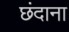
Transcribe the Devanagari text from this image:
छंदाना